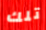
تلك